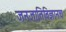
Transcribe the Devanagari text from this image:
जनजातिविज्ञानच